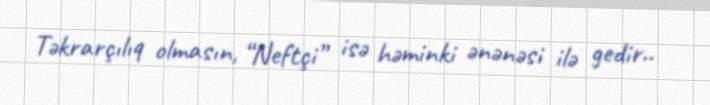
Təkrarçılıq olmasın, “Neftçi” isə həminki ənənəsi ilə gedir..